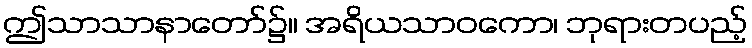
ဤသာသာနာတော်၌။ အရိယသာဝကော၊ ဘုရားတပည့်